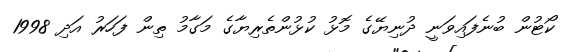
ކޯޓުން ބުނެފައިވަނީ ދުނިޔޭގެ މޮޅު ކުޅުންތެރިޔާގެ މަގާމު ތިން ފަހަރު އަދި 1998